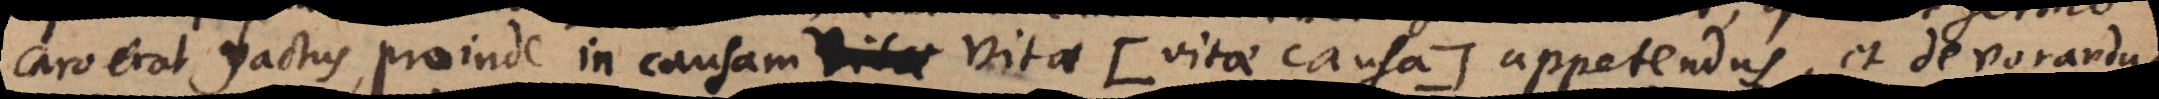
caro erat factus, proinde in causam vitae (: vitae causa:) appetendus, et devorandus